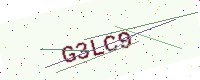
Text: G3LC9